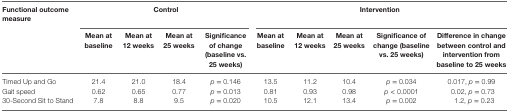
| Functional outcome measure | <COLSPAN=4> Control | <COLSPAN=5> Intervention |
 |  | Mean at baseline | Mean at 12 weeks | Mean at 25 weeks | Significance of change (baseline vs. 25 weeks) | Mean at baseline | Mean at 12 weeks | Mean at 25 weeks | Significance of change (baseline vs. 25 weeks) | Difference in change between control and intervention from baseline to 25 weeks |
 | --- | --- | --- | --- | --- | --- | --- | --- | --- | --- |
 | Timed Up and Go | 21.4 | 21.0 | 18.4 | p = 0.146 | 13.5 | 11.2 | 10.4 | p = 0.034 | 0.017, p = 0.99 |
 | Gait speed | 0.62 | 0.65 | 0.77 | p = 0.013 | 0.81 | 0.93 | 0.98 | p < 0.0001 | 0.02, p = 0.73 |
 | 30-Second Sit to Stand | 7.8 | 8.8 | 9.5 | p = 0.020 | 10.5 | 12.1 | 13.4 | p = 0.002 | 1.2, p = 0.23 |